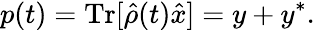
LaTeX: p(t)=\mathrm{Tr}[\hat{\rho}(t)\hat{x}]=y+y^{*}.